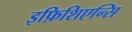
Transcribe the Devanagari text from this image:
इफ़िशिएन्सि